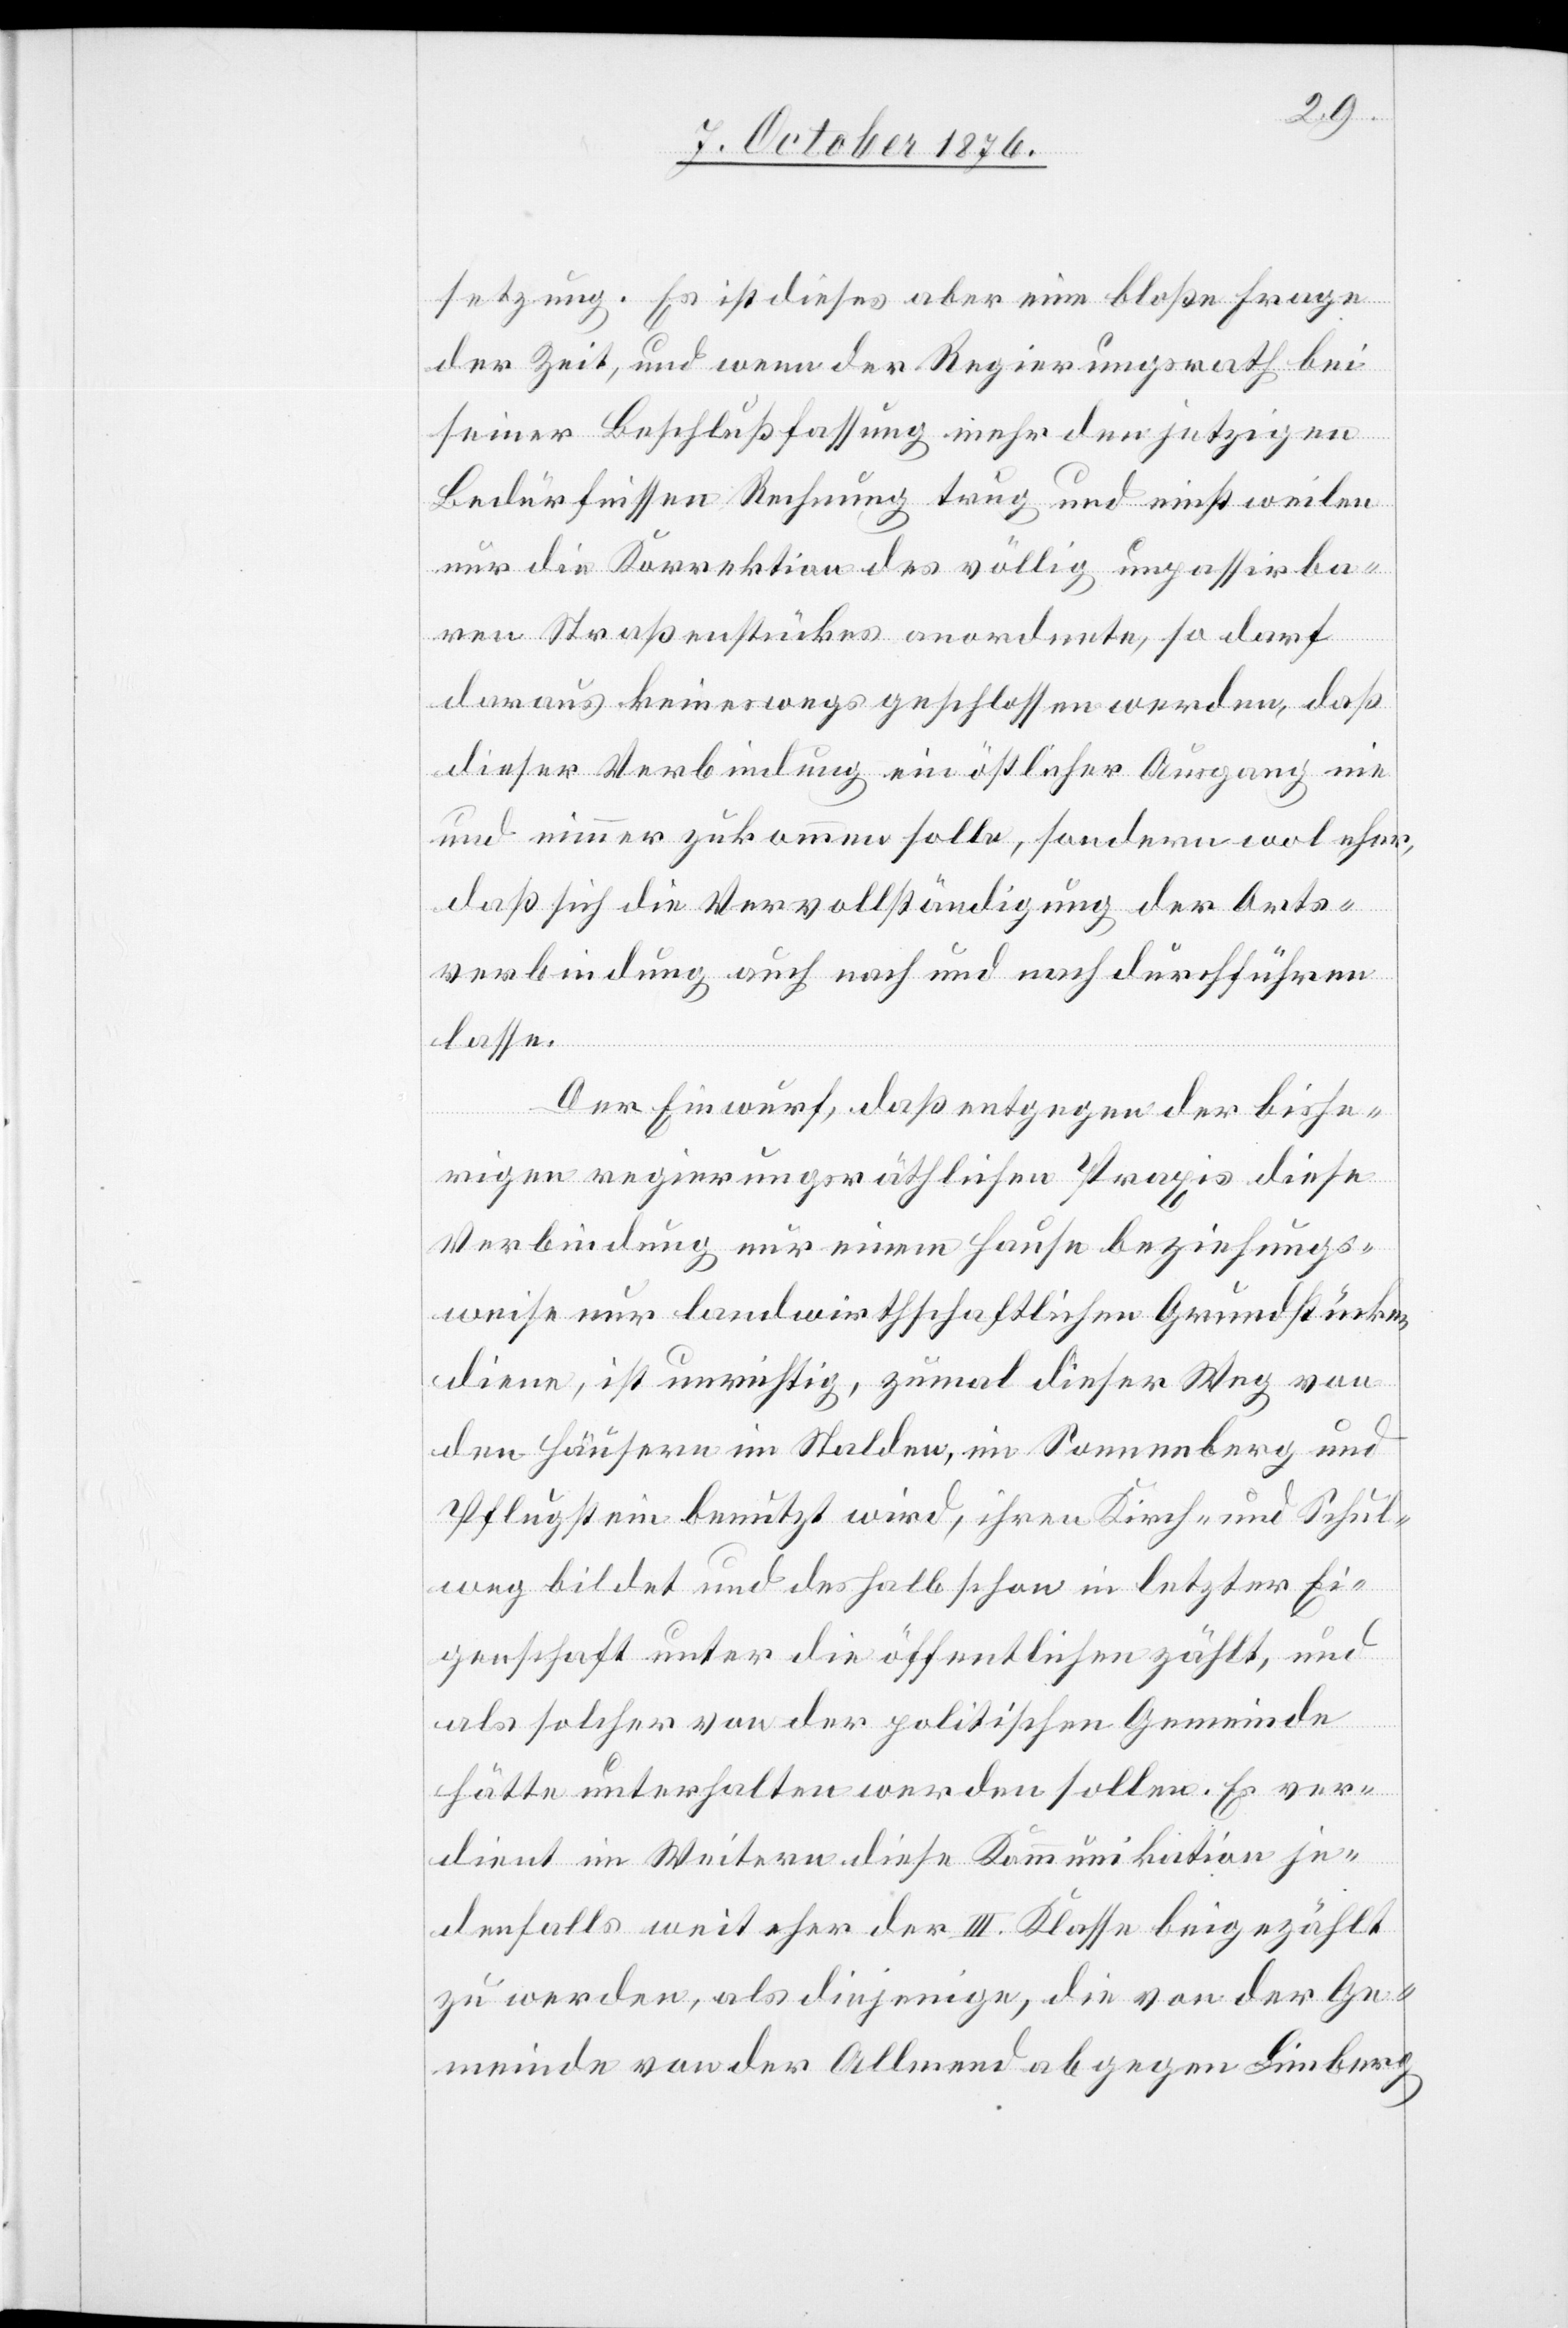
setzung. Es ist dieses aber eine bloße Frage
der Zeit, und wenn der Regierungsrath bei
seiner Beschlußfassung mehr den jetzigen
Bedürfnissen Rechnung trug und einstweilen
nur die Korrektion des völlig unpassirba¬
ren Straßenstückes anordnete, so darf
daraus keineswegs geschlossen werden, daß
dieser Verbindung ein östlicher Ausgang nie
und nimmer zukommen solle, sondern wol eher,
daß sich die Vervollständigung der Orts¬
verbindung auch nach und nach durchführen
lasse.
Der Einwurf, daß entgegen der bishe¬
rigen regierungsräthlichen Praxis diese
Verbindung nur einem Hause beziehungs¬
weise nur landwirthschaftlichen Grundstücken
diene, ist unrichtig, zumal dieser Weg von
den Häusern im Stalden, im Sonnenberg und
Pflugstein benutzt wird, ihren Kirch- und Schul¬
weg bildet und deshalb schon in letzter Ei¬
genschaft unter die öffentlichen zählt, und
als solcher von der politischen Gemeinde
hätte unterhalten werden sollen. Es ver¬
dient im Weitern diese Kommunikation je¬
denfalls weit eher der III. Klasse beigezählt
zu werden, als diejenige, die von der Ge¬
meinde von der Allmend ab gegen Limberg